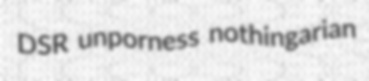
DSR unporness nothingarian